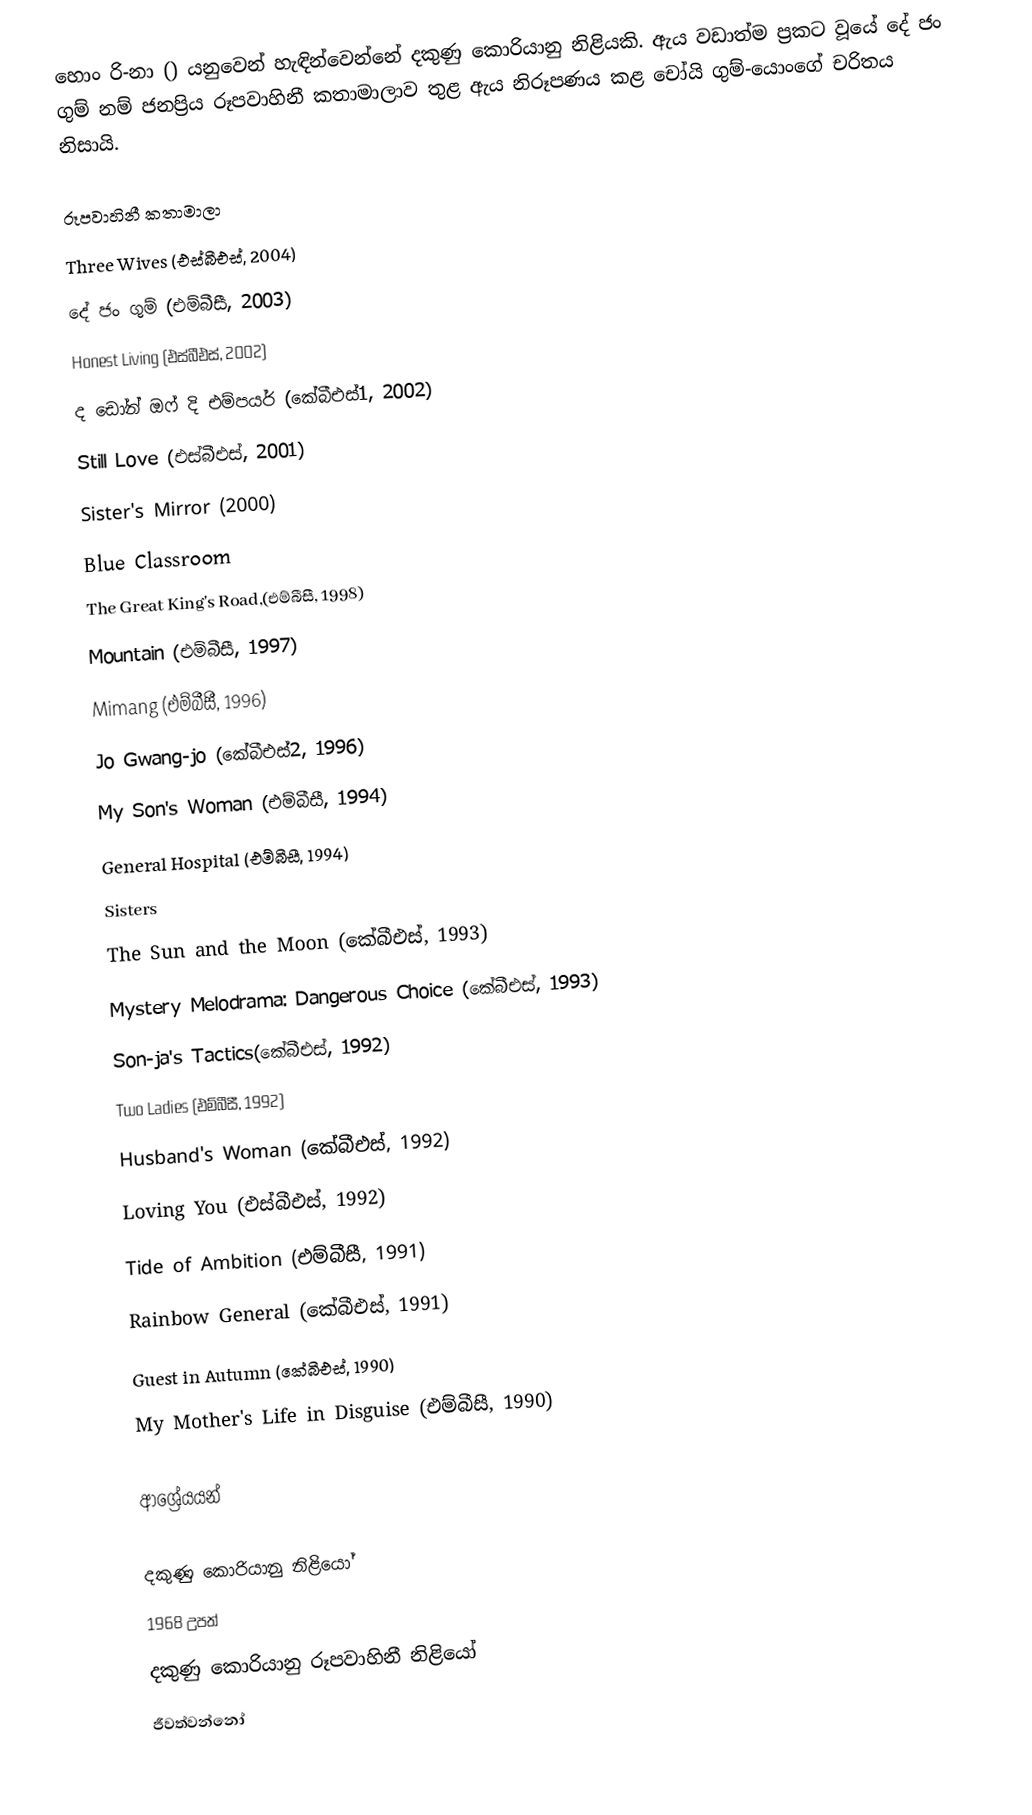
හොං රි-නා () යනුවෙන් හැඳින්වෙන්නේ දකුණු කොරියානු නිළියකි. ඇය වඩාත්ම ප්‍රකට වූයේ දේ ජං ගුම් නම් ජනප්‍රිය රූපවාහිනී කතාමාලාව තුළ ඇය නිරූපණය කළ චෝයි ගුම්-යොංගේ චරිතය නිසායි.

රූපවාහිනී කතාමාලා
Three Wives (එස්බීඑස්, 2004)
දේ ජං ගුම් (එම්බීසී, 2003)
Honest Living (එස්බීඑස්, 2002)
ද ඩෝන් ඔෆ් දි එම්පයර් (කේබීඑස්1, 2002)
Still Love (එස්බීඑස්, 2001)
Sister's Mirror (2000)
Blue Classroom
The Great King's Road,(එම්බීසී, 1998)
Mountain (එම්බීසී, 1997)
Mimang (එම්බීසී, 1996)
Jo Gwang-jo (කේබීඑස්2, 1996)
My Son's Woman (එම්බීසී, 1994)
General Hospital (එම්බීසී, 1994)
Sisters
The Sun and the Moon (කේබීඑස්, 1993)
Mystery Melodrama: Dangerous Choice (කේබීඑස්, 1993)
Son-ja's Tactics(කේබීඑස්, 1992)
Two Ladies (එම්බීසී, 1992)
Husband's Woman (කේබීඑස්, 1992)
Loving You (එස්බීඑස්, 1992)
Tide of Ambition (එම්බීසී, 1991)
Rainbow General (කේබීඑස්, 1991)
Guest in Autumn (කේබීඑස්, 1990)
My Mother's Life in Disguise (එම්බීසී, 1990)

ආශ්‍රේයයන්

දකුණු කොරියානු නිළියෝ
1968 උපත්
දකුණු කොරියානු රූපවාහිනී නිළියෝ
ජීවත්වන්නෝ